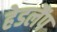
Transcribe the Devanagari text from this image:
हेडलैंप